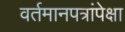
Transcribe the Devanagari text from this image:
वर्तमानपत्रांपेक्षा